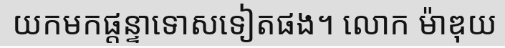
យកមកផ្តន្ទាទោសទៀតផង។ លោក ម៉ាឌុយ